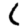
Digit: 1